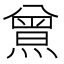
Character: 𤎰